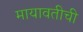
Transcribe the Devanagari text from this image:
मायावतीची